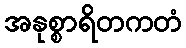
အနုစ္စာရိတကတံ